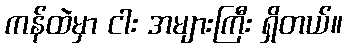
ကန်ထဲမှာ ငါး အများကြီး ရှိတယ်။